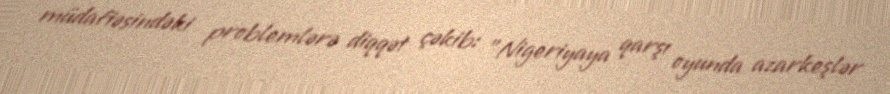
müdafiəsindəki problemlərə diqqət çəkib: "Nigeriyaya qarşı oyunda azarkeşlər